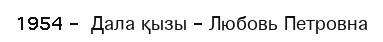
1954 -  Дала қызы - Любовь Петровна